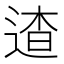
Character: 𨓳